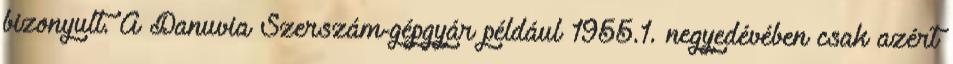
bizonyult. A Danuvia Szerszám-gépgyár például 1955.1. negyedévében csak azért